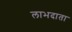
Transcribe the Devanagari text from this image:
लाभदाता